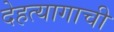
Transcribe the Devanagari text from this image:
देहत्यागाची